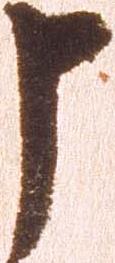
申